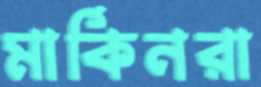
মার্কিনরা